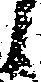
候